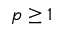
p \geq 1